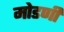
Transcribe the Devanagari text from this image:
मोडणी